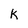
Character: k